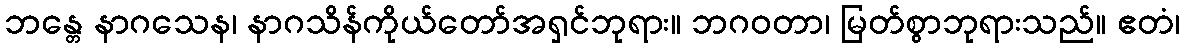
ဘန္တေ နာဂသေန၊ နာဂသိန်ကိုယ်တော်အရှင်ဘုရား။ ဘဂဝတာ၊ မြတ်စွာဘုရားသည်။ ဧတံ၊